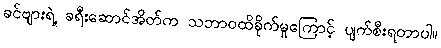
ခင်ဗျားရဲ့ ခရီးဆောင်အိတ်က သဘာဝထိခိုက်မှုကြောင့် ပျက်စီးရတာပါ။